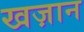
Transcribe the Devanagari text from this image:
खज़ान